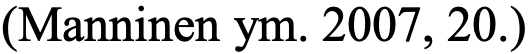
(Manninen ym. 2007, 20.)